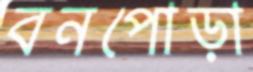
বনপোড়া